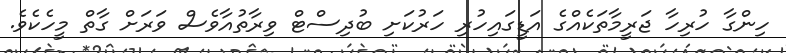
ހިންގާ ހުރިހާ ޖަރީމާތަކެއްގެ އަޑީގައިހުރި ހަރުކަށި ބުދިސްޓް ވިރާތުއާވެސް ވަރަށް ގާތް މީހެކެވެ.